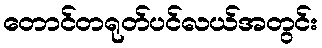
တောင်တရုတ်ပင်လယ်အတွင်း